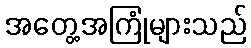
အတွေ့အကြုံများသည်